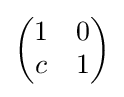
{\begin{pmatrix}1&0\\c&1\end{pmatrix}}